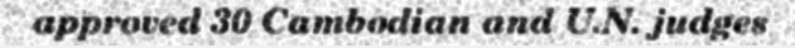
approved 30 Cambodian and U.N. judges